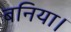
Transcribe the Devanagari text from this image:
बनिया।